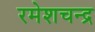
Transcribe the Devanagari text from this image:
रमेशचन्‍द्र